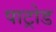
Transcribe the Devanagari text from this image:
पाट्रोड